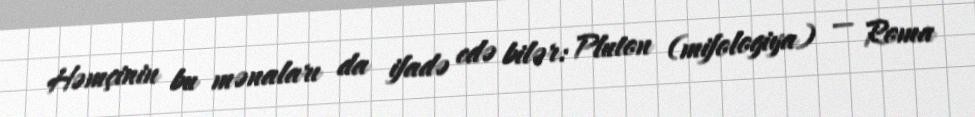
Həmçinin bu mənaları da ifadə edə bilər: Pluton (mifologiya) — Roma